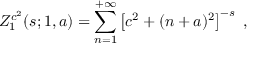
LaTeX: Z _ { 1 } ^ { c ^ { 2 } } ( s ; 1 , a ) = \sum _ { n = 1 } ^ { + \infty } \left[ c ^ { 2 } + ( n + a ) ^ { 2 } \right] ^ { - s } \; ,